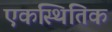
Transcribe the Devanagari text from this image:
एकस्थितिक